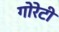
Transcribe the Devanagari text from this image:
गोरेटी